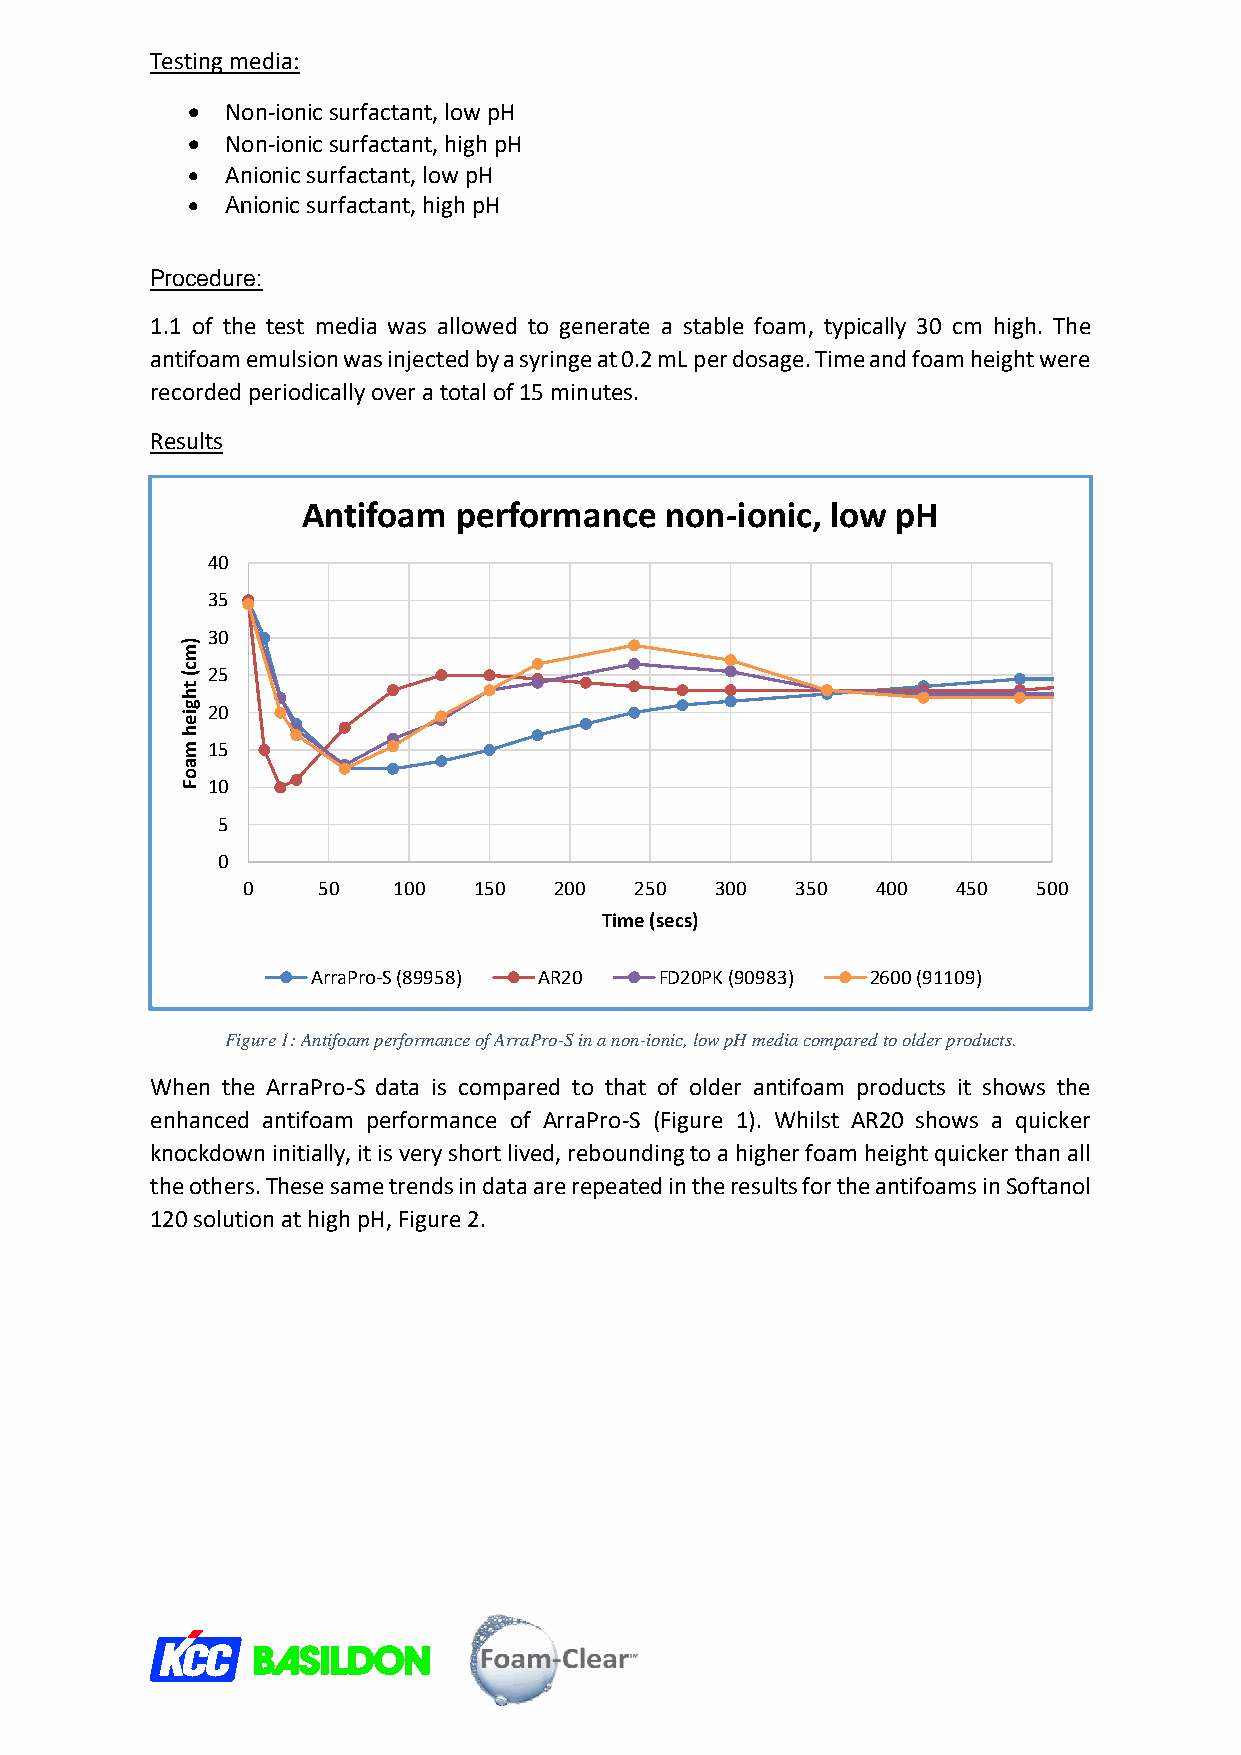
Testing media:
   Non-ionic surfactant, low pH
   Non-ionic surfactant, high pH
   Anionic surfactant, low pH
   Anionic surfactant, high pH
 Procedure:
 1.1 of the test media was allowed to generate a stable foam, typically 30 cm high. The
 antifoam emulsion was injected by a syringe at 0.2 mL per dosage. Time and foam height were
 recorded periodically over a total of 15 minutes.
 Results
 Antifoam  performance   non-ionic, low pH
 40
 35
 30
 )
 m
 c ( 25
 t
 h
 g ie 20
 h
 m 15
 a
 o
 F 10
 5
 0
 0    50   100  150   200  250  300   350  400  450   500
 Time (secs)
 ArraPro-S (89958) AR20 FD20PK (90983) 2600 (91109)
 Figure 1: Antifoam performance of ArraPro-S in a non-ionic, low pH media compared to older products.
 When the ArraPro-S data is compared to that of older antifoam products it shows the
 enhanced antifoam performance of ArraPro-S (Figure 1). Whilst AR20 shows a quicker
 knockdown initially, it is very short lived, rebounding to a higher foam height quicker than all
 the others. These same trends in data are repeated in the results for the antifoams in Softanol
 120 solution at high pH, Figure 2.